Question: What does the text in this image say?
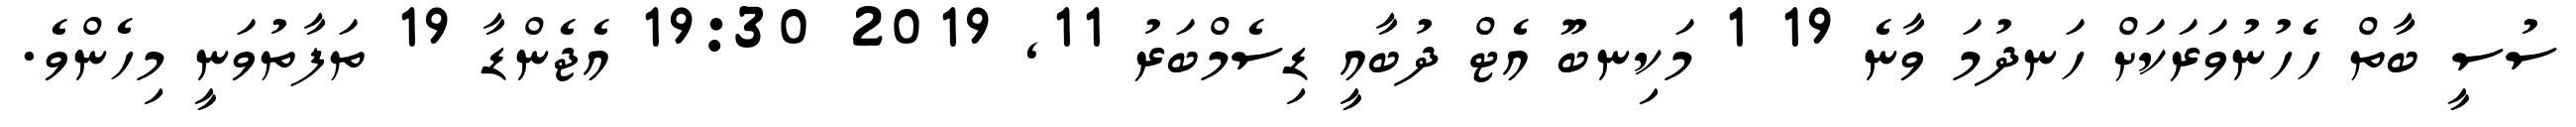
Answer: ސުސީ ބާތް ހެހުނުވަރަކަށް ހަނދުމަ ވާނެ 19 1 މަކިނބޫ އެޓް ދުބާއީ ޑިސެމްބަރު 11, 2019 19:30 އެޖެންޑާ 19 ތަފާތުވަނީ މިހެންވެ.